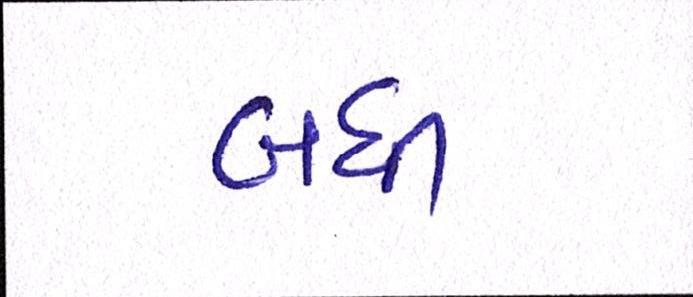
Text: બધી